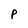
Character: P